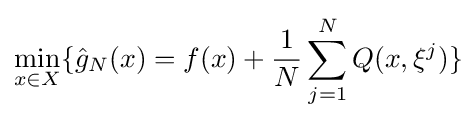
\min \limits _{x\in X}\{{\hat {g}}_{N}(x)=f(x)+{\frac {1}{N}}\sum _{j=1}^{N}Q(x,\xi ^{j})\}